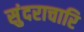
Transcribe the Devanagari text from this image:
सुंदराचारि